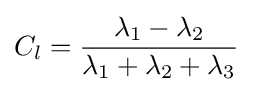
C_{l}={\frac {\lambda _{1}-\lambda _{2}}{\lambda _{1}+\lambda _{2}+\lambda _{3}}}